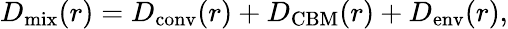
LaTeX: D_{\mathrm{mix}}(r)=D_{\mathrm{conv}}(r)+D_{\mathrm{CBM}}(r)+D_{\mathrm{env}}(r),